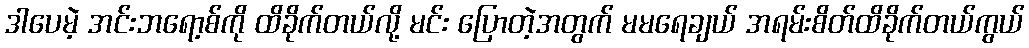
ဒါပေမဲ့ အင်းဘရော့စ်ကို ထိခိုက်တယ်လို့ မင်း ပြောတဲ့အတွက် မမရေချယ် အရမ်းစိတ်ထိခိုက်တယ်ကွယ်